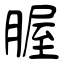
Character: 腛